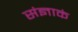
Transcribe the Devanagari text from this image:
संज्ञाकं